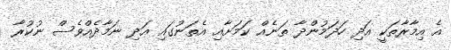
އެ އިމާރާތަކީ އަދި ހަދަމުންދާ ތަނެއް ކަމަށާއި އެތަނުގައި އަދި ނަމާދެއްވެސް ނުކުރާ